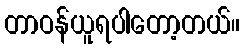
တာဝန်ယူရပါတော့တယ်။